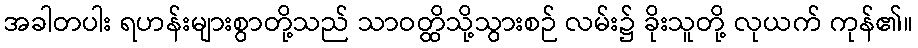
အခါတပါး ရဟန်းများစွာတို့သည် သာဝတ္ထိသို့သွားစဉ် လမ်း၌ ခိုးသူတို့ လုယက် ကုန်၏။